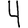
Digit: 4